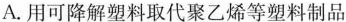
A.用可降解塑料取代聚乙烯等塑料制品